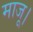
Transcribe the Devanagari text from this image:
माजू।